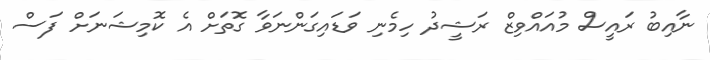
ނާއިބު ރައީސް މުއައްވިޒް ރަޝީދު ހިމެނި ވަޑައިގަންނަވާ ގޮތަށް އެ ކޮމިޝަނަށް ފަސް